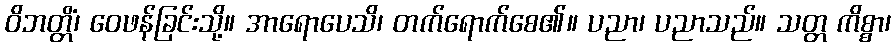
ဝိဘတ္တိံ၊ ဝေဖန်ခြင်းသို့။ အာရောပေသိ၊ တက်ရောက်စေ၏။ ပညာ၊ ပညာသည်။ သတ္တ ကိစ္စာ၊